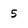
Character: 5